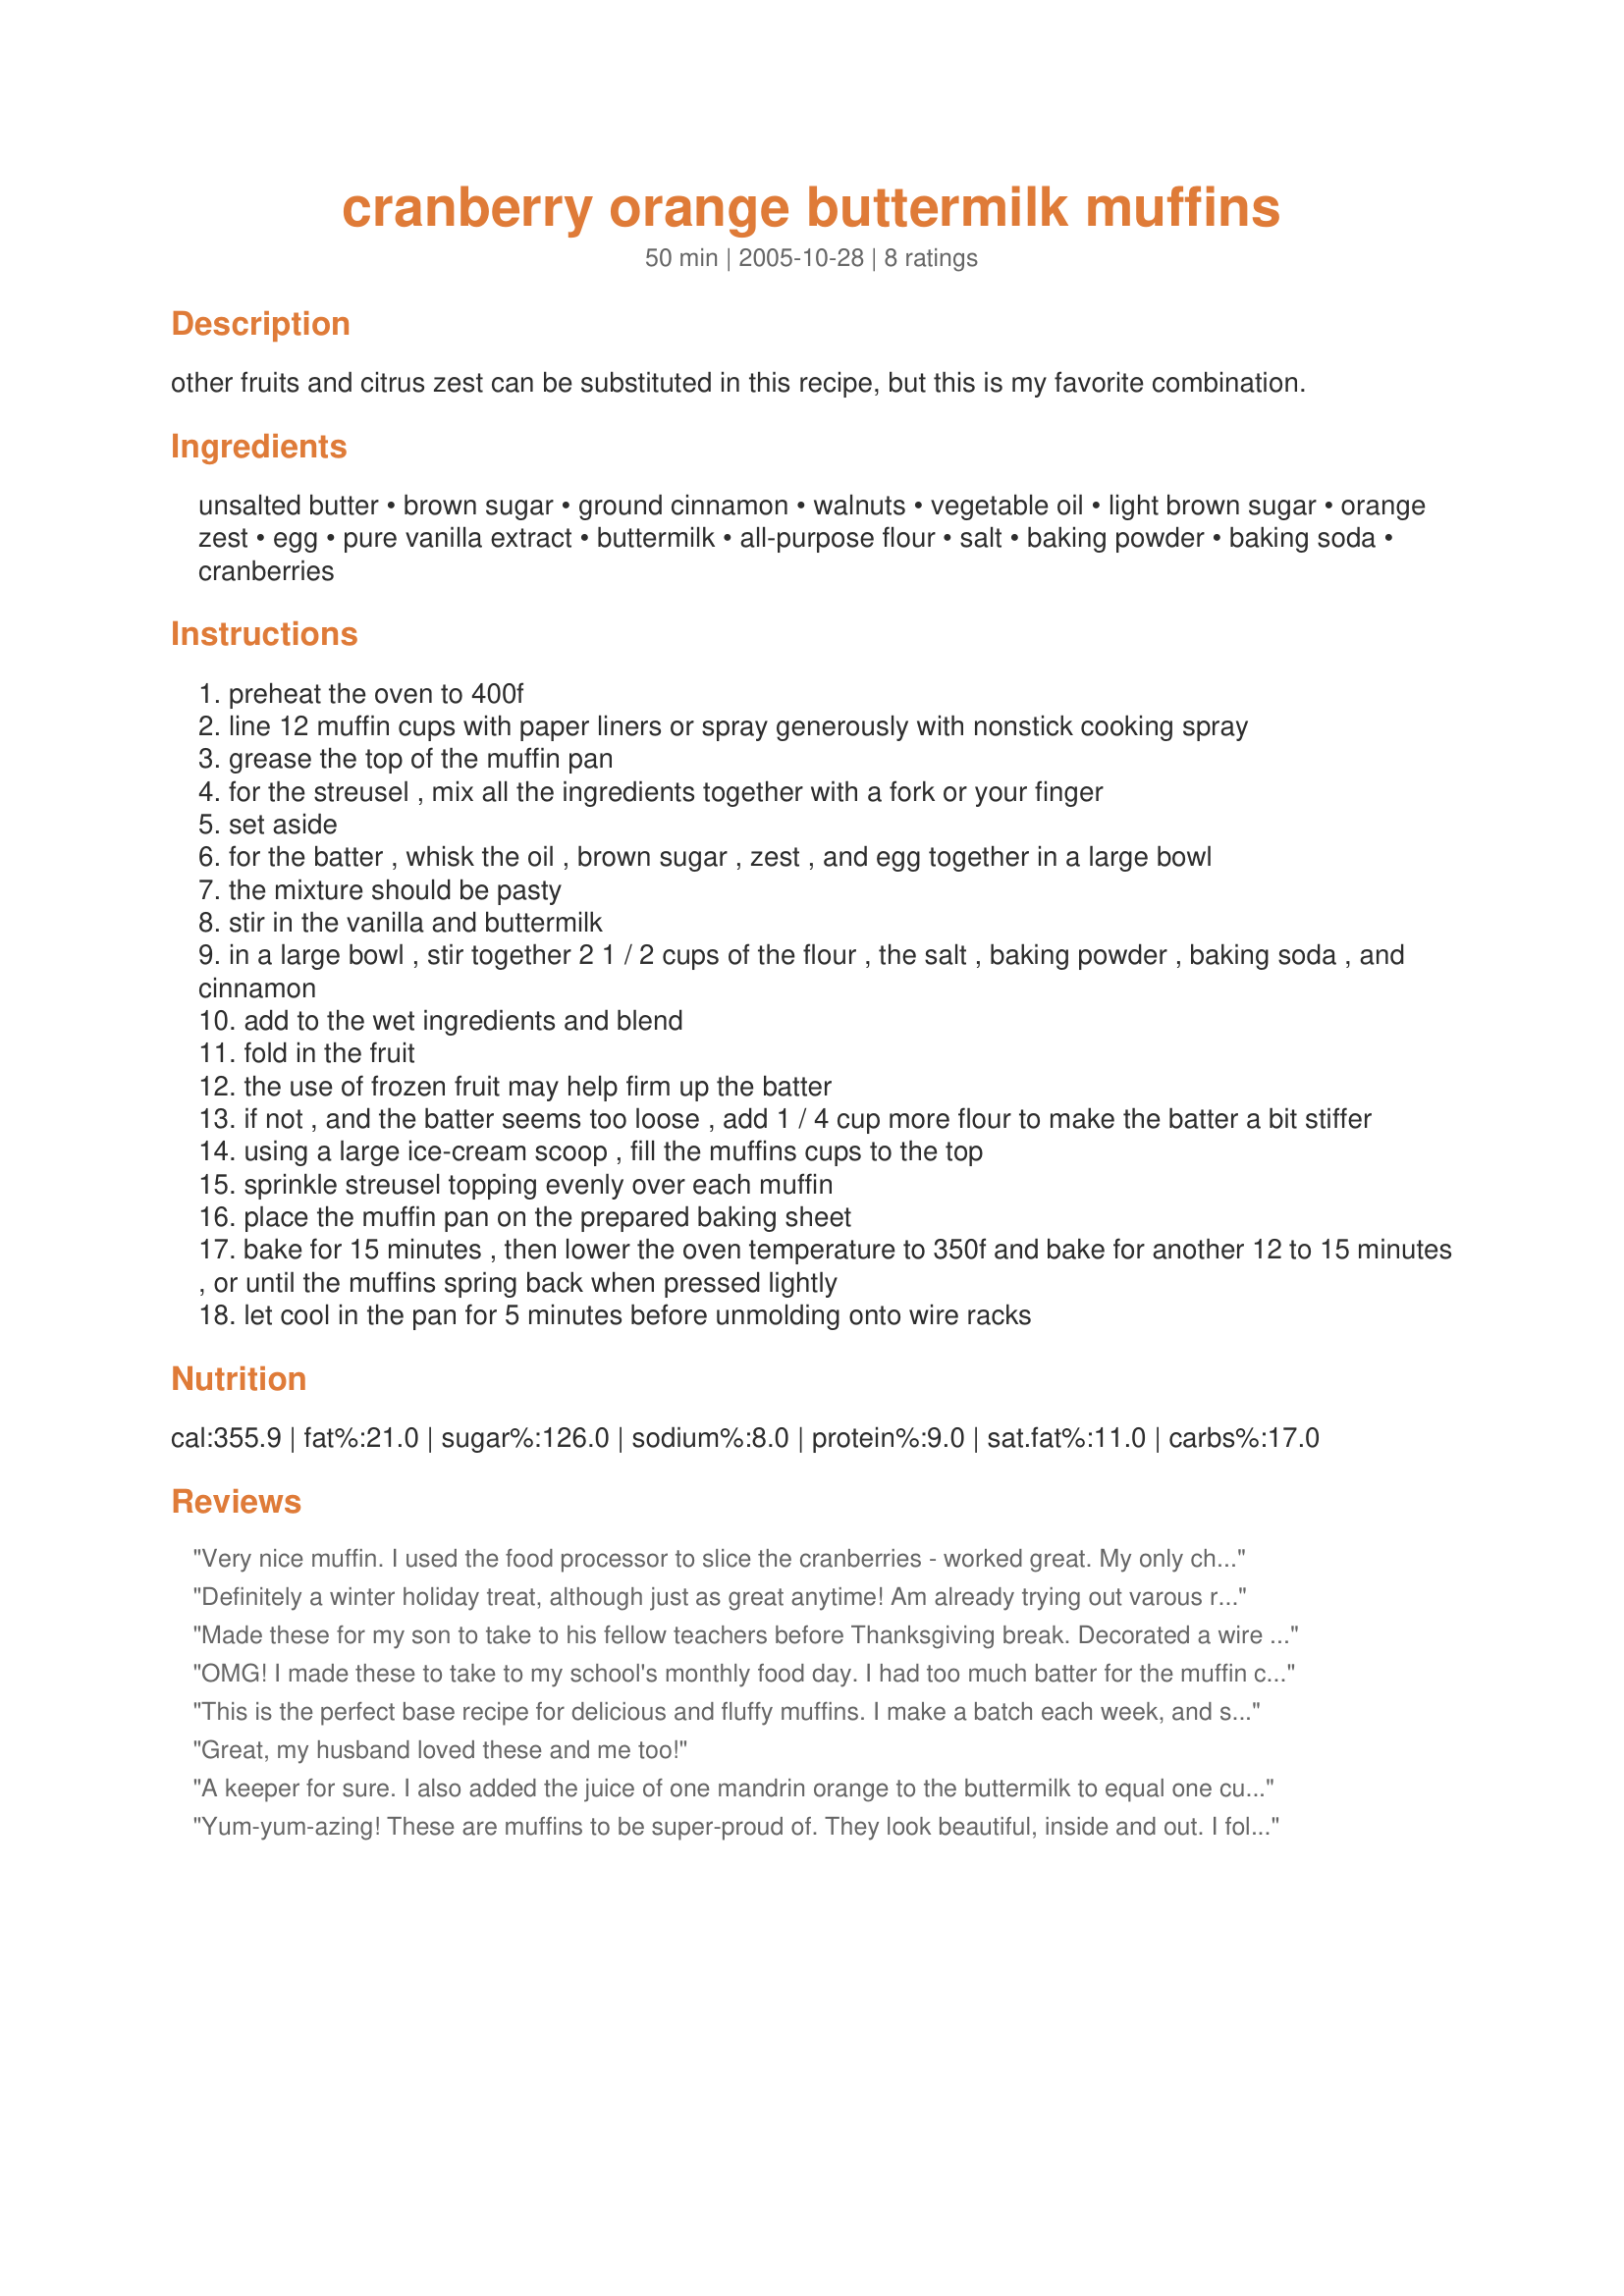
cranberry orange buttermilk muffins
Preparation time: 50 minutes

other fruits and citrus zest can be substituted in this recipe, but this is my favorite combination.

Ingredients:
unsalted butter, brown sugar, ground cinnamon, walnuts, vegetable oil, light brown sugar, orange zest, egg, pure vanilla extract, buttermilk, all-purpose flour, salt, baking powder, baking soda, cranberries

Steps:
preheat the oven to 400f
line 12 muffin cups with paper liners or spray generously with nonstick cooking spray
grease the top of the muffin pan
for the streusel , mix all the ingredients together with a fork or your finger
set aside
for the batter , whisk the oil , brown sugar , zest , and egg together in a large bowl
the mixture should be pasty
stir in the vanilla and buttermilk
in a large bowl , stir together 2 1 / 2 cups of the flour , the salt , baking powder , baking soda , and cinnamon
add to the wet ingredients and blend
fold in the fruit
the use of frozen fruit may help firm up the batter
if not , and the batter seems too loose , add 1 / 4 cup more flour to make the batter a bit stiffer
using a large ice-cream scoop , fill the muffins cups to the top
sprinkle streusel topping evenly over each muffin
place the muffin pan on the prepared baking sheet
bake for 15 minutes , then lower the oven temperature to 350f and bake for another 12 to 15 minutes , or until the muffins spring back when pressed lightly
let cool in the pan for 5 minutes before unmolding onto wire racks

Reviews:
Very nice muffin. I used the food processor to slice the cranberries - worked great. My only changes were to add about 1 cup chopped walnuts & to add the juice & zest of 1 orange to the buttermilk (so that together, they equal 1 cup). I really enjoyed these & so did my friends. They were all gone quickly. Thank you very much for sharing - I don't need to try those other cranberry orange recipes - I have found the one I will use from now on.
Definitely a winter holiday treat, although just as great anytime! Am already trying out varous recipes that I can schedule again for later in the year, & this one is A DEFINITE KEEPER! I always love the flavor combo of these berries & oranges! Thanks for sharing a great recipe! [Tagged, made & reviewed for one of my adoptees in the current Pick-A-Chef]
Made these for my son to take to his fellow teachers before Thanksgiving break. Decorated a wire basket and enclosed gorgeous fall napkins. How beautiful! And still delicious. A feast for the eyes as well as the stomach.
OMG! I made these to take to my school's monthly food day. I had too much batter for the muffin cups, so my husband gleefully ate the batter with a spoon. He loved it! Several asked for the recipe, and I want to make more for the holiday. I added walnuts to the batter as well as in the streusel mix. Otherwise, I followed exactly. Baking time was right on. Delicious and beautiful to look at!
This is the perfect base recipe for delicious and fluffy muffins. I make a batch each week, and switch up the ingredients. Cranberry orange / blueberry / apple cinnamon / chocolate chip banana. All turn out amazing. I also add about 1/2 cup of oats, just for some fibre, but they are still moist and amazing. Great recipe!
Great, my husband loved these and me too!
A keeper for sure. I also added the juice of one mandrin orange to the buttermilk to equal one cup of liquid. The food processor was great for chopping the berries. We are a nut free house due to tree nut allergies. So for the streusel top I substituted quick oats for the nuts and it turned out great.
Yum-yum-azing! These are muffins to be super-proud of. They look beautiful, inside and out. I followed the recommenation of another reviewer and added the entire zest and juice of one orange and one cup of chopped walnuts to the batter. This is an unusual recipe, both in the way it's mixed and the two different baking temps, but the results speak for themselves. I bake a lot, but I have not received such compliments from my husband as I did after baking these the first time. The recipe, as amended (including the additional 1/4-cup of flour, as suggested) yielded 16 large gourmet muffins!
